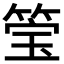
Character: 𮵶